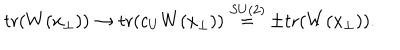
\mathrm { t r } ( W ( x _ { \perp } ) ) \rightarrow \mathrm { t r } ( c _ { U } W ( x _ { \perp } ) ) \stackrel { S U ( 2 ) } { = } \pm \mathrm { t r } ( W ( x _ { \perp } ) ) .